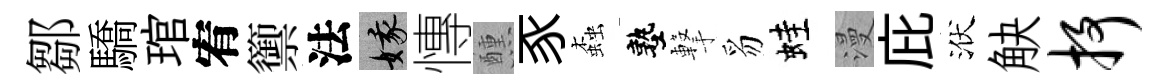
鄒驕琯宥籞法娥慱醺豕螙塾撃豸蛙漫庇洑觖抒